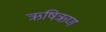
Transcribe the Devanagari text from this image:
ऋषिऋण